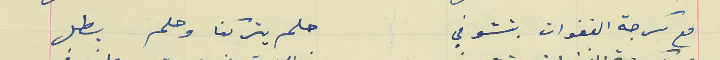
مع كرجة الغفوات بتشوفي                                      حلم يتركنا وحلم يطل